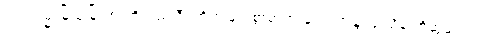
၁၆။ ရမ္မာမြို့သူမြို့သားတို့သည် ဒီပင်္ကရာမြတ်စွာဘုရားနှင့် ရဟန္တာ ၄ သိန်းကိုဆွမ်းကပ်